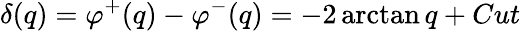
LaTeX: \delta(q)=\varphi^{+}(q)-\varphi^{-}(q)=-2\arctan q+Cut